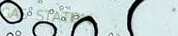
GAS STATION